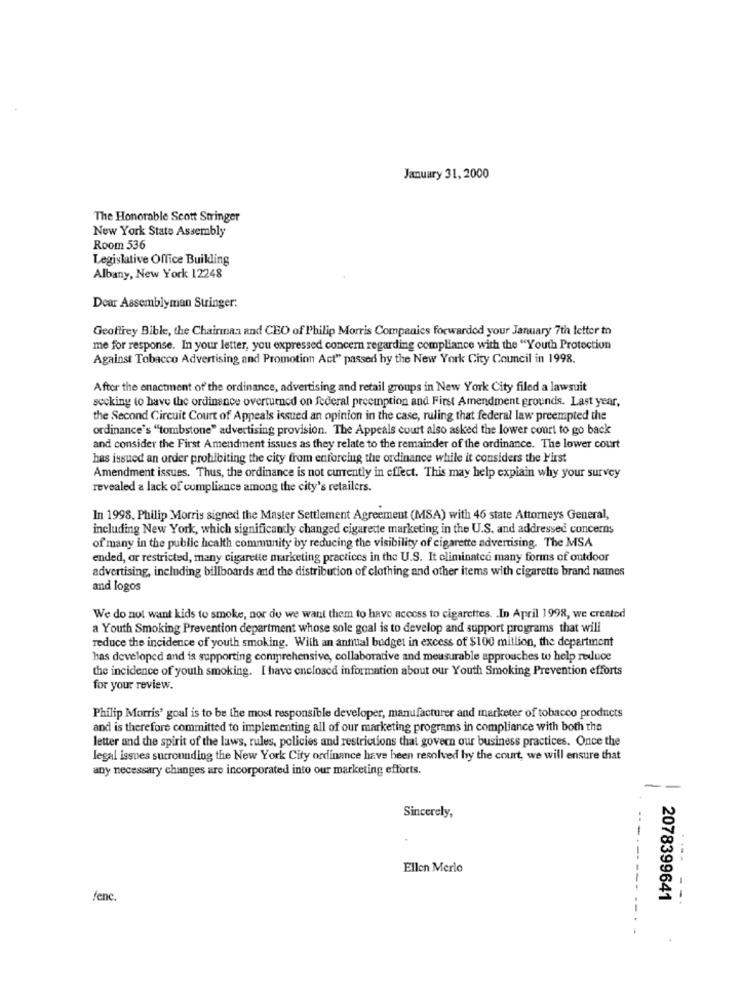
January 31, 2000
The Honorable Scott Stringer
New York State Assembly
Room 536
Legislative Office Buikling
Albany, New York 12248
Dear Assemblyman Stringer:
Geoffrey Bible, the Chairman and CEO of Philip Morris Companies forwarded your January 7th letter to
me for response. In your letter, you expressed concern regarding compliance with the "Youth Protection
Against Tobacco Advertising and Promotion Act" passed by the New York City Council in 1998.
After the enactment of the ordinance, advertising and retail groups in New York City filed a lawsuit
seeking to have the ordinance overturned on federal preemption and First Amendment grounds. Last year,
the Second Circuit Court of Appeals issued an opinion in the case, ruling that federal law preempted the
ordinance's "tombstone" advertising provision. The Appeals court also asked the lower court to go back
and consider the First Amendment issues as they relate to the remainder of the ordinance. The lower court
has issued an order prohibiting the city from enforcing the ordinance while it considers the First
Amendment issues. Thus, the ordinance is not currently in effect. This may help explain why your survey
revealed a lack of compliance among the city's retailers.
In 1998, Philip Morris signed the Master Settlement Agreement (MSA) with 46 state Attorneys General,
including New York, which significantly changed cigarette marketing in the U.S. and addressed concerns
of many in the public health community by reducing the visibility of cigarette advertising. The MSA
ended, or restricted, many cigarette marketing practices in the U.S. It eliminated many forms of outdoor
advertising, including billboards and the distribution of clothing and other items with cigarette brand names
and logos
We do not want kids to smoke, nor du we want them to have access to cigarettes. . In April 1998, we created
a Youth Smoking Prevention department whose sole goal is to develop and support programs that will
reduce the incidence of youth smoking. With an antital budget in excess of $100 million, the department
has developed and is supporting comprehensive, collaborative and measurable approaches to help reduce
the incidence of youth smoking. I have enclosed information about our Youth Smoking Prevention efforts
for your review.
Philip Morris' goal is to be the most responsible developer, manufacturer and marketer of tobacco products
and is therefore committed to implementing all of our marketing programs in compliance with both the
letter and the spirit of the laws, rules, policies and restrictions that govern our business practices. Once the
legal issues surrounding the New York City ordinance have been resolved by the court, we will ensure that
any necessary changes are incorporated into our marketing efforts.
-
Sincerely,
..
Ellen Merlo
fenc.
2078399641
--.